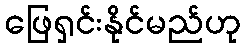
ဖြေရှင်းနိုင်မည်ဟု